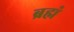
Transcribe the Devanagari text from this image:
ब्रह्मं